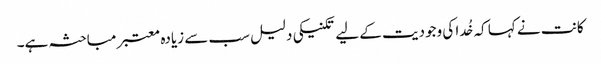
کانت نے کہا کہ خُدا کی وجودیت کے لیے تکنیکی دلیل سب سے زیادہ معتبر مباحثہ ہے۔